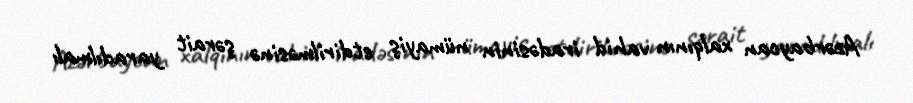
Azərbaycan xalqının vahid iradəsinin nümayiş etdirilməsinə şərait yaradılmalı